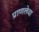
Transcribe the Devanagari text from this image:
प्राणलेवा